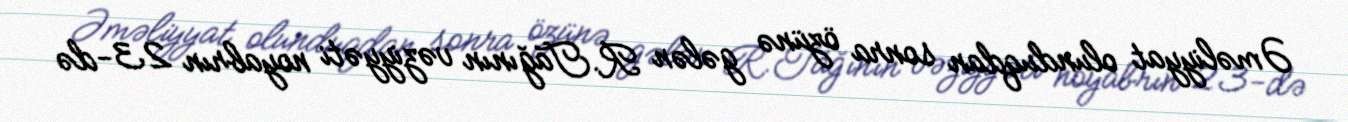
Əməliyyat olunduqdan sonra özünə gələn R.Tağının vəziyyəti noyabrın 23-də